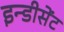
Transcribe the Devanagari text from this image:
इन्डीसेंट